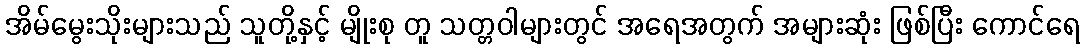
အိမ်မွေးသိုးများသည် သူတို့နှင့် မျိုးစု တူ သတ္တဝါများတွင် အရေအတွက် အများဆုံး ဖြစ်ပြီး ကောင်ရေ